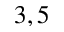
3 , 5